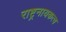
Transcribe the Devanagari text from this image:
राष्ट्रनायकत्व